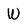
Character: W